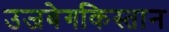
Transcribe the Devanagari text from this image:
उजबेगकिस्तान